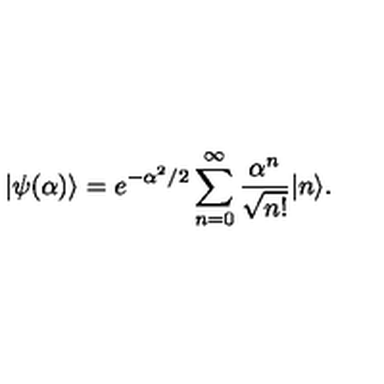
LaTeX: | \psi ( \alpha ) \rangle = e ^ { - \alpha ^ { 2 } / 2 } \sum _ { n = 0 } ^ { \infty } { \frac { \alpha ^ { n } } { \sqrt { n ! } } } | n \rangle .